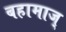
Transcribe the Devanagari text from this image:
बहामाज्